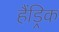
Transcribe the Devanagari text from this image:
हैंड्रिक